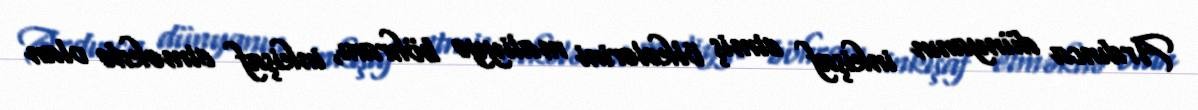
Ardınca dünyanın inkişaf etmiş ölkələrini maliyyə böhranı, inkişaf etməkdə olan